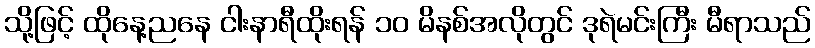
သို့ဖြင့် ထိုနေ့ညနေ ငါးနာရီထိုးရန် ၁၀ မိနစ်အလိုတွင် ဒုရဲမင်းကြီး မီရာသည်